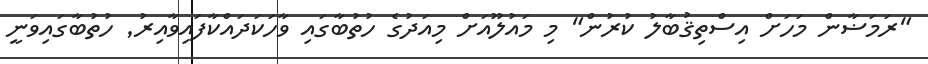
"ރަމަޟާން މަހަށް އިސްތިޤުބާލު ކުރުން" މި މައުލޫއަށް މިއަދުގެ ހުތުބާގައި ވާހަކަދައްކާފައިވާއިރު